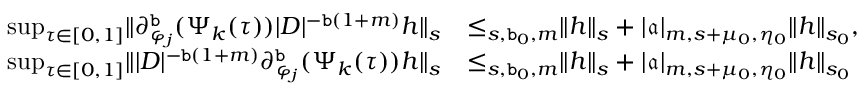
\begin{array} { r l } { \operatorname* { s u p } _ { \tau \in [ 0 , 1 ] } \rVert \partial _ { \varphi _ { j } } ^ { \mathtt { b } } ( \Psi _ { k } ( \tau ) ) | D | ^ { - \mathtt { b } ( 1 + m ) } h \rVert _ { s } } & { \le _ { s , \mathtt { b } _ { 0 } , m } \rVert h \rVert _ { s } + | \mathfrak { a } | _ { m , s + \mu _ { 0 } , \eta _ { 0 } } \rVert h \rVert _ { s _ { 0 } } , } \\ { \operatorname* { s u p } _ { \tau \in [ 0 , 1 ] } \rVert | D | ^ { - \mathtt { b } ( 1 + m ) } \partial _ { \varphi _ { j } } ^ { \mathtt { b } } ( \Psi _ { k } ( \tau ) ) h \rVert _ { s } } & { \le _ { s , \mathtt { b } _ { 0 } , m } \rVert h \rVert _ { s } + | \mathfrak { a } | _ { m , s + \mu _ { 0 } , \eta _ { 0 } } \rVert h \rVert _ { s _ { 0 } } } \end{array}